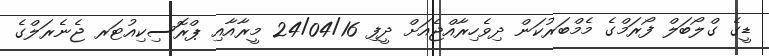
ޑީގެ ގްލޯބަލް ފޯރަމްގެ މެމްބަރުކަން ދިވެހިރާއްޖެއަށް ދީފި 24/04/16 މީރާއާއި ޕްރޮސިކިއުޓަރ ޖެނެރަލްގެ